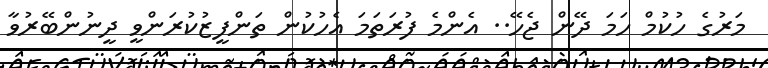
މަރުގެ ހުކުމް ހަމަ ދޭން ޖެހޭ.. އެންމެ ފުރަތަމަ އެހުކުން ތަންފީޒުކުރަންވީ ދީނުންބޭރުވާ